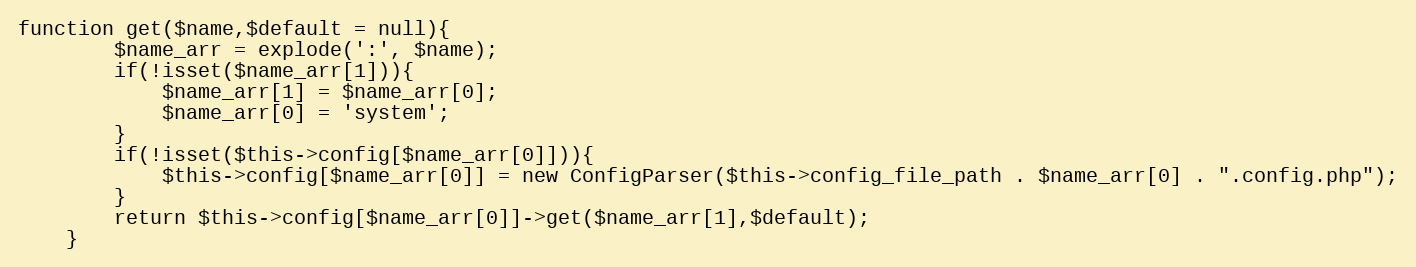
Language: PHP
function get($name,$default = null){
        $name_arr = explode(':', $name);
        if(!isset($name_arr[1])){
            $name_arr[1] = $name_arr[0];
            $name_arr[0] = 'system';
        }
        if(!isset($this->config[$name_arr[0]])){
            $this->config[$name_arr[0]] = new ConfigParser($this->config_file_path . $name_arr[0] . ".config.php");
        }
        return $this->config[$name_arr[0]]->get($name_arr[1],$default);
    }